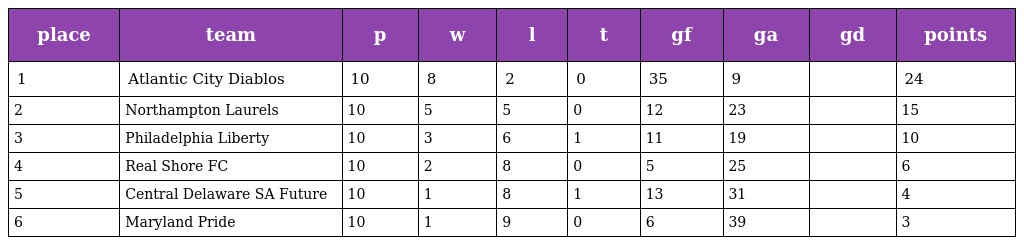
| place | team | p | w | l | t | gf | ga | gd | points |
 | --- | --- | --- | --- | --- | --- | --- | --- | --- | --- |
 | 1 | Atlantic City Diablos | 10 | 8 | 2 | 0 | 35 | 9 |  | 24 |
 | 2 | Northampton Laurels | 10 | 5 | 5 | 0 | 12 | 23 |  | 15 |
 | 3 | Philadelphia Liberty | 10 | 3 | 6 | 1 | 11 | 19 |  | 10 |
 | 4 | Real Shore FC | 10 | 2 | 8 | 0 | 5 | 25 |  | 6 |
 | 5 | Central Delaware SA Future | 10 | 1 | 8 | 1 | 13 | 31 |  | 4 |
 | 6 | Maryland Pride | 10 | 1 | 9 | 0 | 6 | 39 |  | 3 |